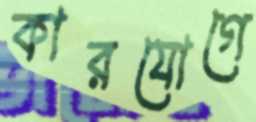
কারযোগে